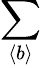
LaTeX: \sum_{\langle b\rangle}